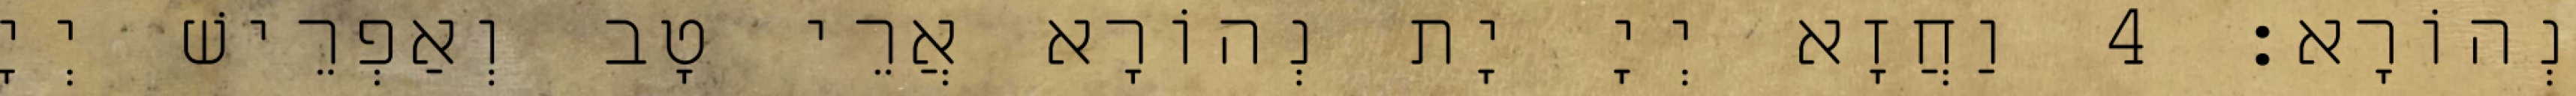
נְהוֹרָא׃ 4 וַחֲזָא יְיָ יָת נְהוֹרָא אֲרֵי טָב וְאַפְרֵישׁ יְיָ